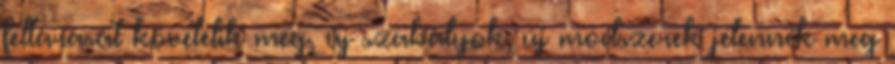
feltárását követelik meg, új szabályok, új módszerek jelennek meg